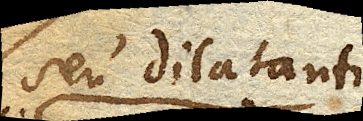
seu dilatanti